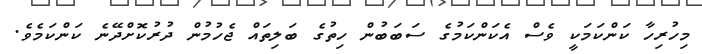
މިހުރިހާ ކަންކަމަކީ ވެސް އެކަންކަމުގެ ސަބަބުން ހިތުގެ ބަލިތައް ޖެހުމުން ދުރުކޮށްދޭނެ ކަންކަމެވެ.